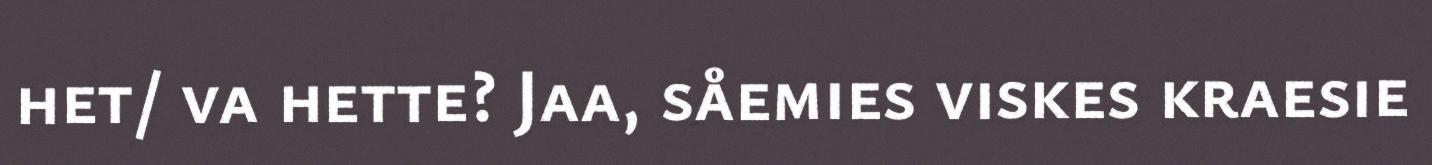
het/ va hette? Jaa, såemies viskes kraesie